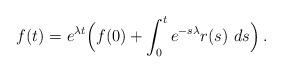
LaTeX: \begin{align*} f(t)= e^{\lambda t}\Big( f(0) +\int_0^t e^{-s\lambda} r(s) \ ds \Big)\, .\end{align*}